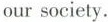
our society.